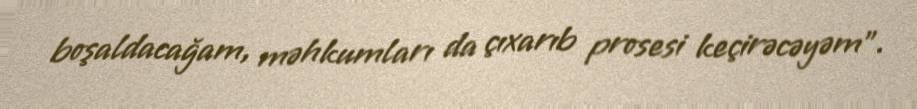
boşaldacağam, məhkumları da çıxarıb prosesi keçirəcəyəm”.